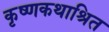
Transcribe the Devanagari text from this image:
कृष्णकथाश्रित